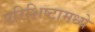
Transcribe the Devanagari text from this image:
परिशिष्टामध्ये